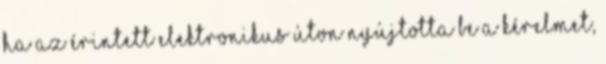
Ha az érintett elektronikus úton nyújtotta be a kérelmet,